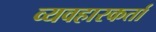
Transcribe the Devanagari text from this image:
व्यवहारकर्ता